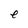
Character: e